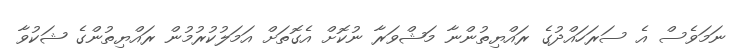
ނަމަވެސް އެ ސަރަހައްދުގެ ރައްޔިތުންނާ މަޝްވަރާ ނުކޮށް އެގޮތަށް އަމަލުކުރުމުން ރައްޔިތުންގެ ޝަކުވާ